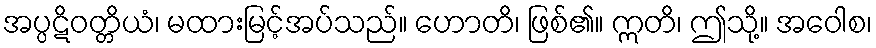
အပ္ပဋိဝတ္တိယံ၊ မထားမြင့်အပ်သည်။ ဟောတိ၊ ဖြစ်၏။ ဣတိ၊ ဤသို့။ အဝေါစ၊